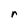
Character: r